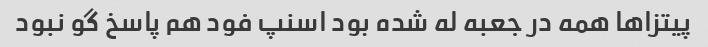
پیتزاها همه در جعبه له شده بود اسنپ فود هم پاسخ گو نبود